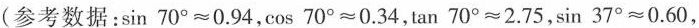
(参考数据：$$\sin 70^{\circ} \approx 0.94$$, $$\cos 70^{\circ} \approx 0.34$$, $$\tan 70^{\circ} \approx 2.75$$, $$\sin 37^{\circ} \approx 0.60$$,